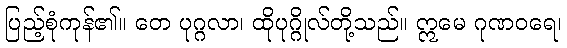
ပြည့်စုံကုန်၏။ တေ ပုဂ္ဂလာ၊ ထိုပုဂ္ဂိုလ်တို့သည်။ ဣမေ ဂုဏဝရေ၊